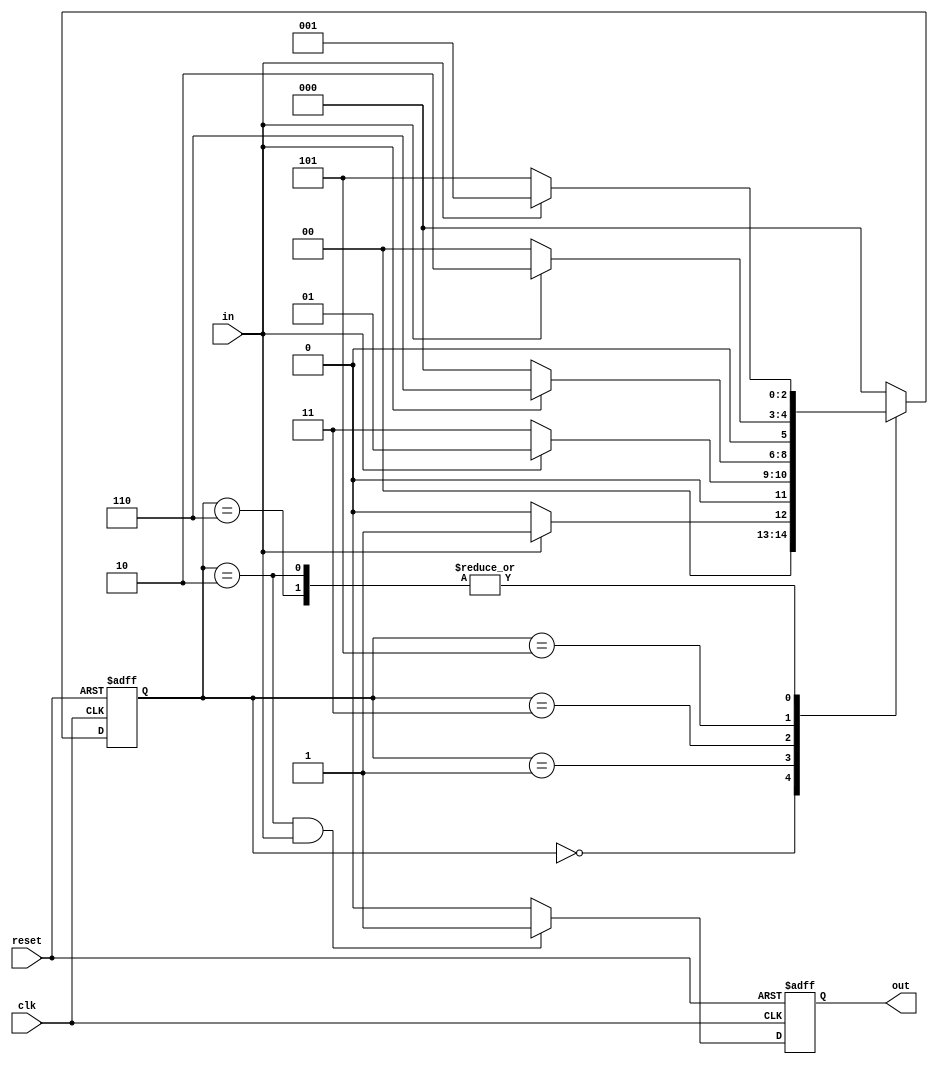
module fsm (clk, reset, in, out);
input clk, reset, in;
output out;
reg out;

reg [2:0] current_state, next_state;
localparam A=3'b000;
localparam B=3'b001;
localparam C=3'b011;
localparam D=3'b110;
localparam E=3'b101;
localparam F=3'b010;

always @(negedge reset or posedge clk) begin
    if (~reset)
        current_state <= A;
    else
        current_state <= next_state;
end

always @(current_state or in) begin
    case (current_state)
        A: next_state <= in ? B : A;
		B: next_state <= in ? B : C;
		C: next_state <= in ? D : A;
		D: next_state <= in ? B : E;
		E: next_state <= in ? F : A;
		F: next_state <= in ? B : E;
		default: next_state <= A;
    endcase
end

always @(negedge reset or posedge clk) begin
	if (~reset)
        out <= 0;
    else
		out <= (current_state == F && in) ? 1 : 0;
end
endmodule